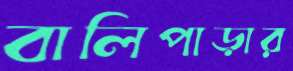
বালিপাড়ার